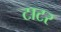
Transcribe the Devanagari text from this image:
टाटर